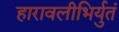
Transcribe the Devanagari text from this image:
हारावलीभिर्युतं